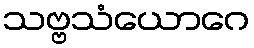
သဗ္ဗသံယောဂေ